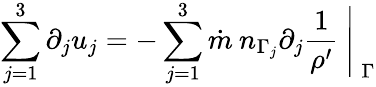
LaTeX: \sum_{j=1}^{3}\partial_{j}u_{j}=-\sum_{j=1}^{3}\dot{m}\: n_{\Gamma_{j}}\partial_{j}\frac{1}{\rho^{\prime}}\: \Biggr\vert_{\: \Gamma}